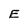
Character: E